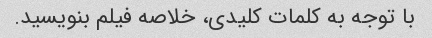
با توجه به کلمات کلیدی، خلاصه فیلم بنویسید.